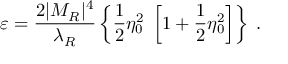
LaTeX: \varepsilon = \frac { 2 | M _ { R } | ^ { 4 } } { \lambda _ { R } } \left\{ \frac 1 2 \eta _ { 0 } ^ { 2 } \; \left[ 1 + \frac 1 2 \eta _ { 0 } ^ { 2 } \right] \right\} \; .